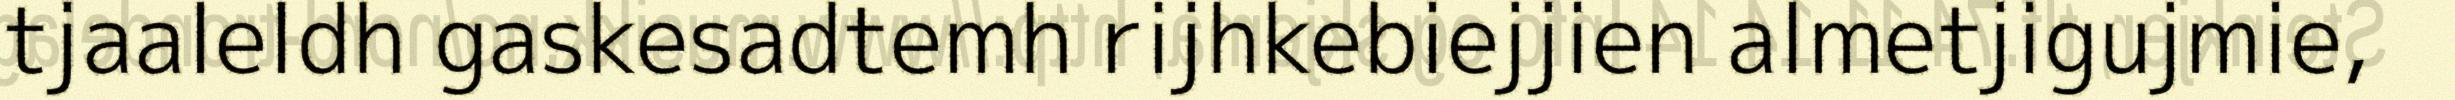
tjaaleldh gaskesadtemh rijhkebiejjien almetjigujmie,